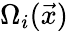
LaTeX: \Omega_{i}(\vec{x})